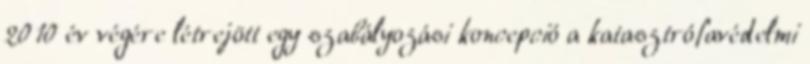
2010 év végére létrejött egy szabályozási koncepció a katasztrófavédelmi